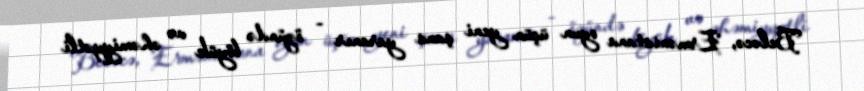
Beləcə, Ermənistana oyun üçün yeni şans yaranır - özündə böyük və əhəmiyyətli